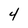
Character: 4